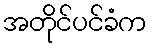
အတိုင်ပင်ခံက